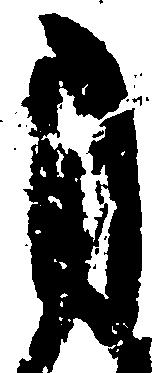
自